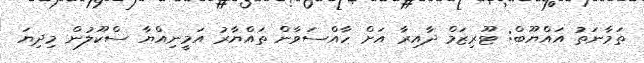
ތަމާނަތު އައްޔޫބް: ޓޫރިޒަމް ދާއިރާ އަށް ހާއްސަވާން ތައްޔާރު އަމީނިއްޔާ ސްކޫލުން މިދިޔަ